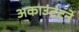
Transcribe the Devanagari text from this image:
अकाउंटंटने